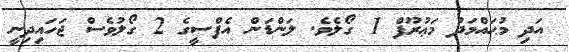
އަދި މުޙައްމަދު މަޢުރޫފް 1 ގޯލެވެ. ލަންޑަން އެފްސީގެ 2 ގޯލުވެސް ޖަހައިދިނީ